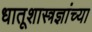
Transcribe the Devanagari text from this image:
धातूशास्त्रज्ञांच्या